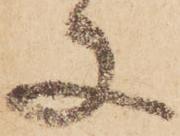
又